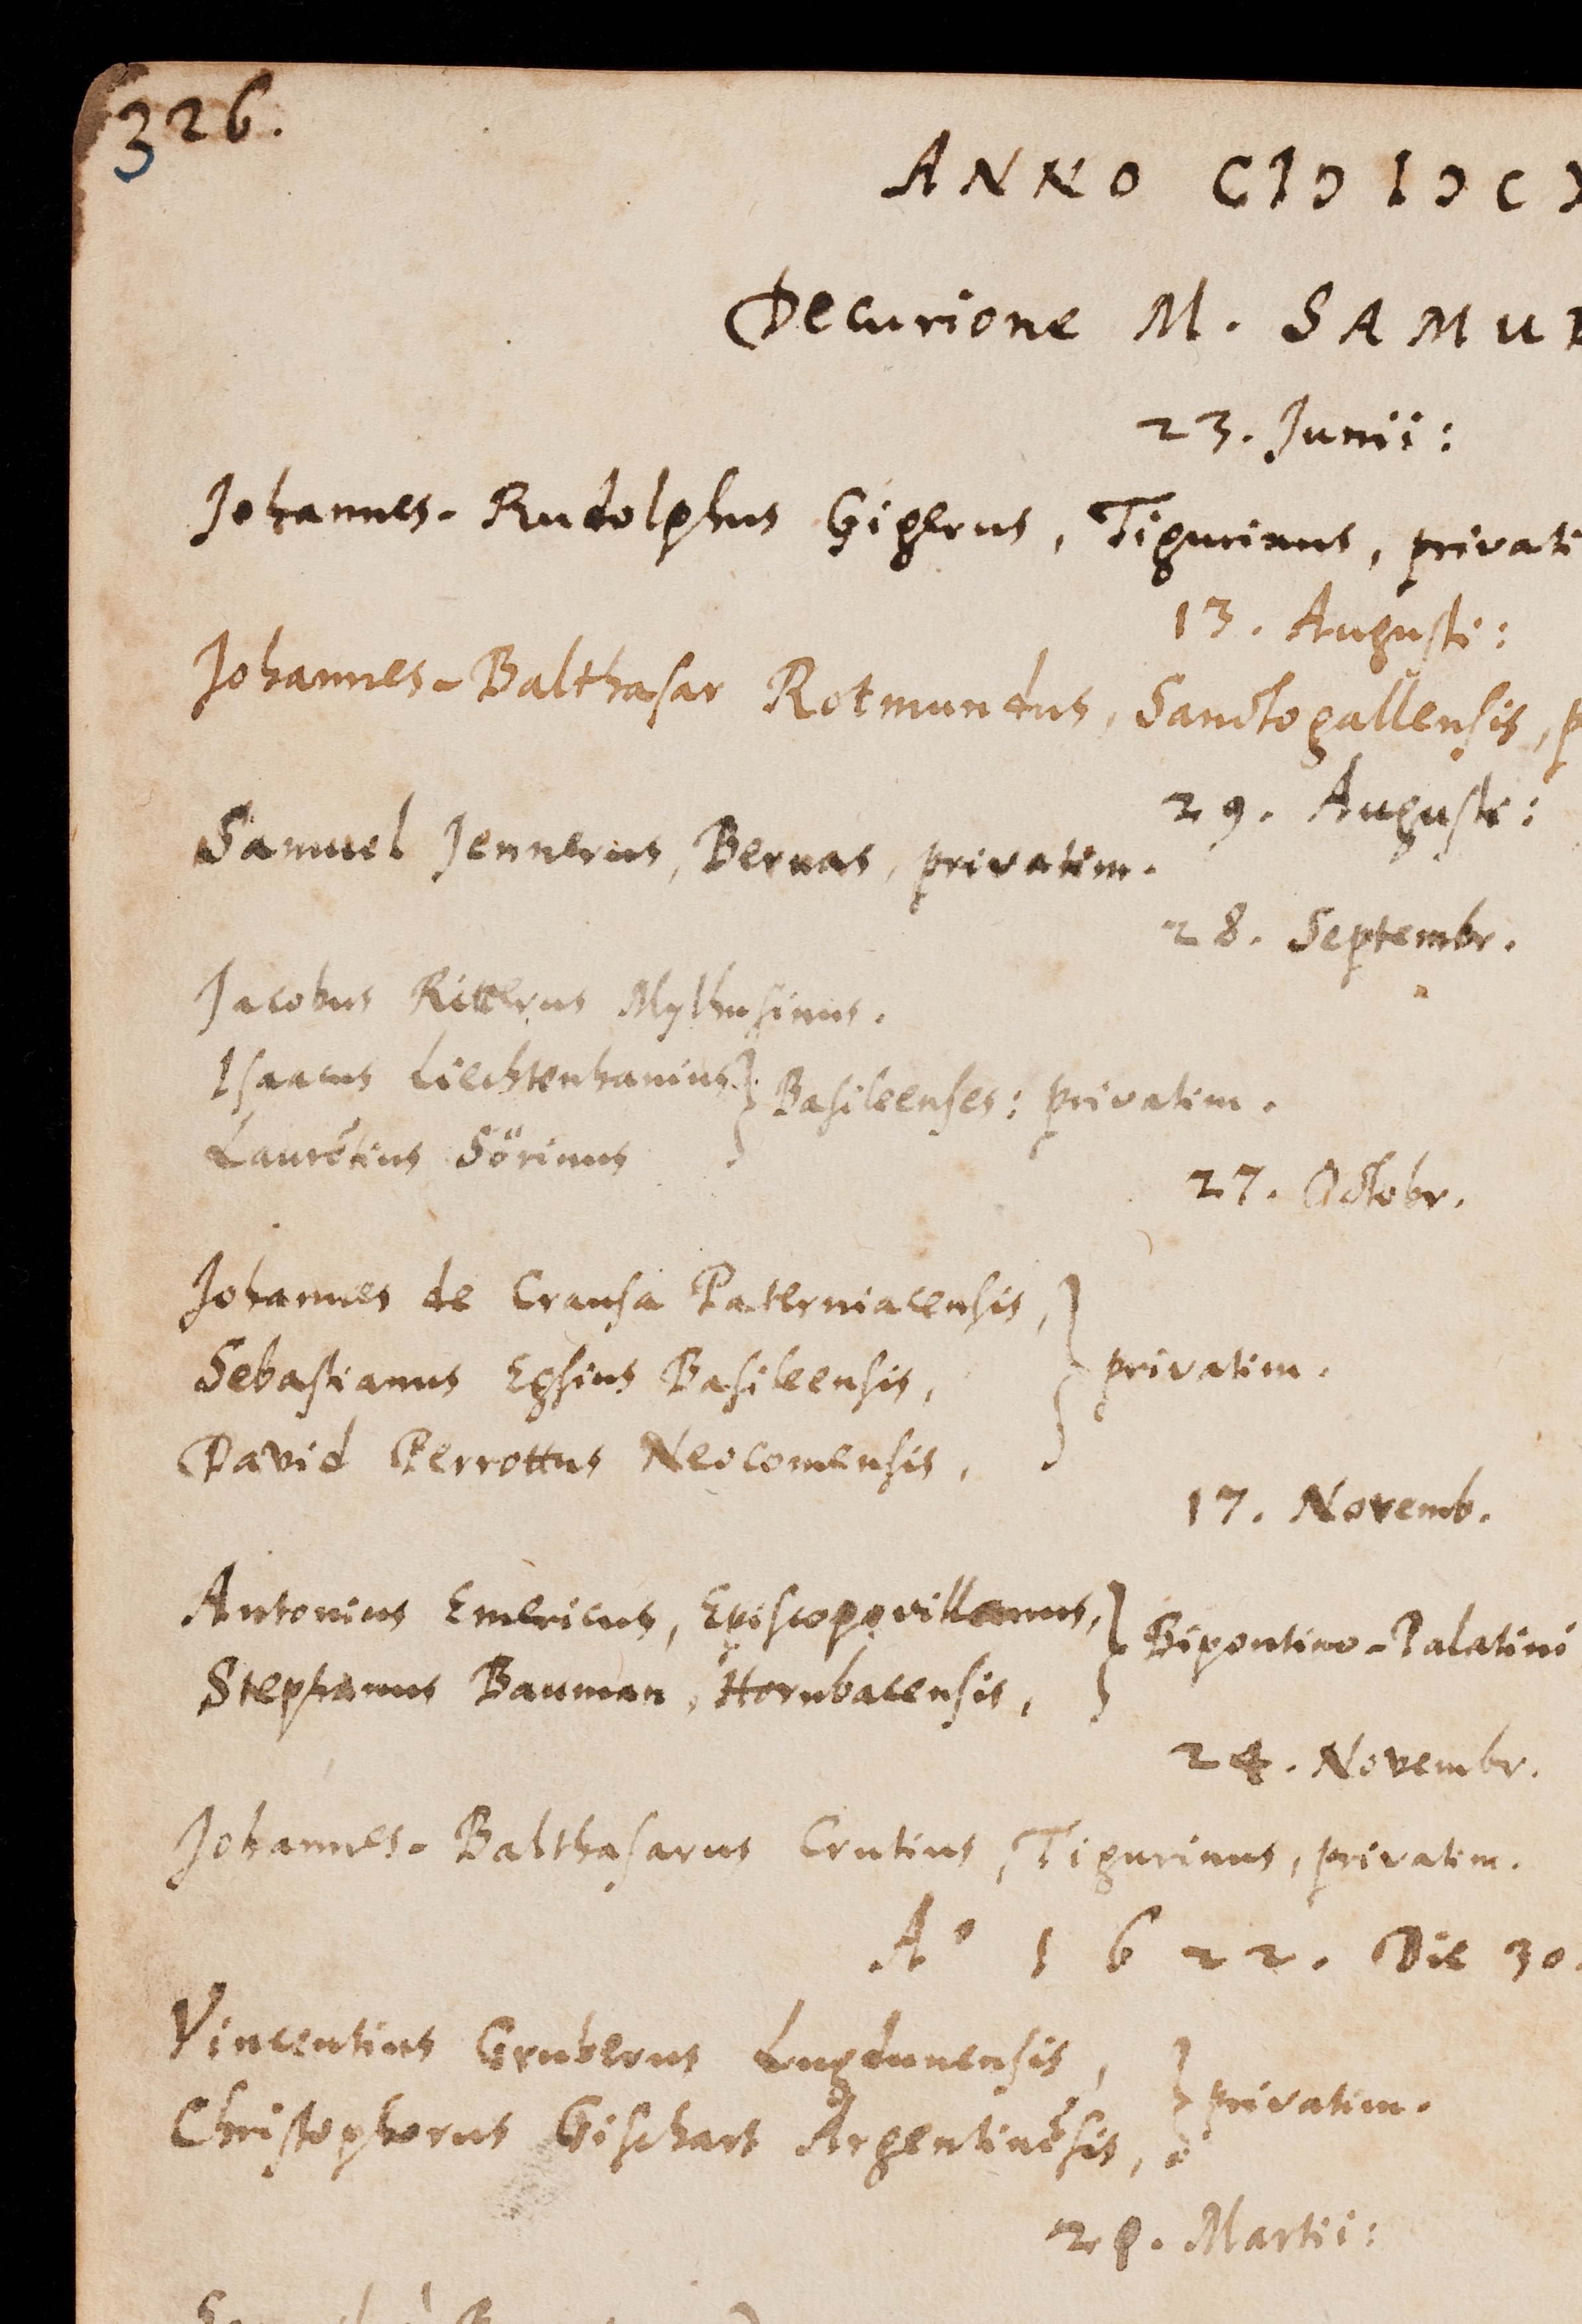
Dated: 1543–1672